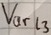
Text: Varl3